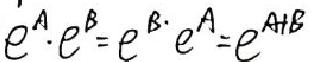
$e^{A}\cdot e^{B}=e^{B}\cdot e^{A}=e^{A + B}$